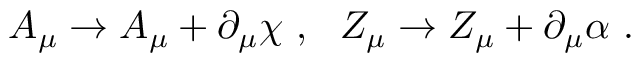
A _ { \mu } \to A _ { \mu } + \partial _ { \mu } \chi ~ , ~ ~ Z _ { \mu } \to Z _ { \mu } + \partial _ { \mu } \alpha ~ .